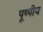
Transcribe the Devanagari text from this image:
पूष्पीय